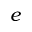
e